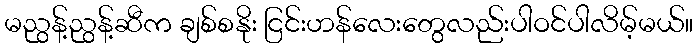
မညွန့်ညွန့်ဆီက ချစ်စနိုး ငြင်းဟန်လေးတွေလည်းပါဝင်ပါလိမ့်မယ်။